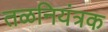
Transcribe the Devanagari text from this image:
तळनियंत्रक